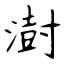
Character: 澍